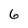
Character: 6